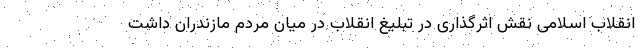
انقلاب اسلامی نقش اثرگذاری در تبلیغ انقلاب در میان مردم مازندران داشت